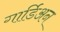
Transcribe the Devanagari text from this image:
गार्डिअन